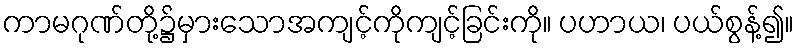
ကာမဂုဏ်တို့၌မှားသောအကျင့်ကိုကျင့်ခြင်းကို။ ပဟာယ၊ ပယ်စွန့်၍။